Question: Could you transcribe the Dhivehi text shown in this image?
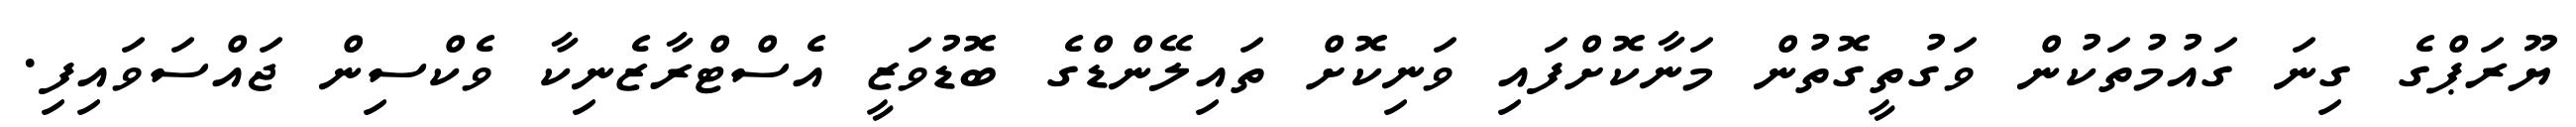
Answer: ޔޫރަޕްގެ ގިނަ ގައުމުތަކުން ވަގުތީގޮތުން މަނާކޮށްފައި ވަނިކޮށް ތައިލޭންޑްގެ ބޮޑުވަޒީ އެސްޓްރާޒެނިކާ ވެކްސިން ޖައްސަވައިފި.